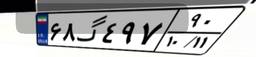
۶۸گ۴۹۷۹۰